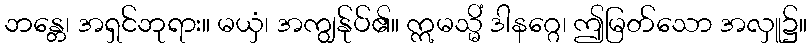
ဘန္တေ၊ အရှင်ဘုရား။ မယှံ၊ အကျွန်ုပ်၏။ ဣမသ္မိံ ဒါနဂ္ဂေ၊ ဤမြတ်သော အလှူ၌။